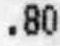
.80